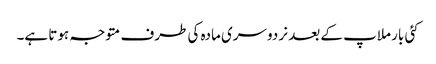
کئی بار ملاپ کے بعد نر دوسری مادہ کی طرف متوجہ ہوتا ہے۔